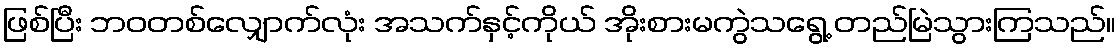
ဖြစ်ပြီး ဘဝတစ်လျှောက်လုံး အသက်နှင့်ကိုယ် အိုးစားမကွဲသရွေ့ တည်မြဲသွားကြသည်။